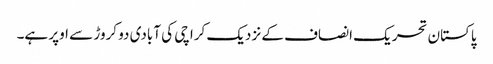
پاکستان تحریک انصاف کے نزدیک کراچی کی آبادی دو کروڑ سے اوپر ہے۔